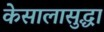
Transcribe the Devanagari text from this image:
केसालासुद्धा